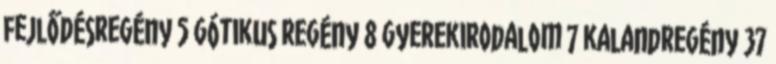
fejlődésregény 5 gótikus regény 8 gyerekirodalom 7 kalandregény 37